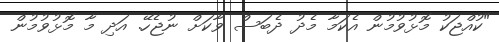
"ކުއްޖަކު މޮޅުވުމުން އެކަމާ މެދު ދެބަސް ވާކަށް ނުޖެހޭ. އަދި މާ މޮޅުވުމުން